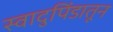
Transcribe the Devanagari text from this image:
स्वादुपिंडातून